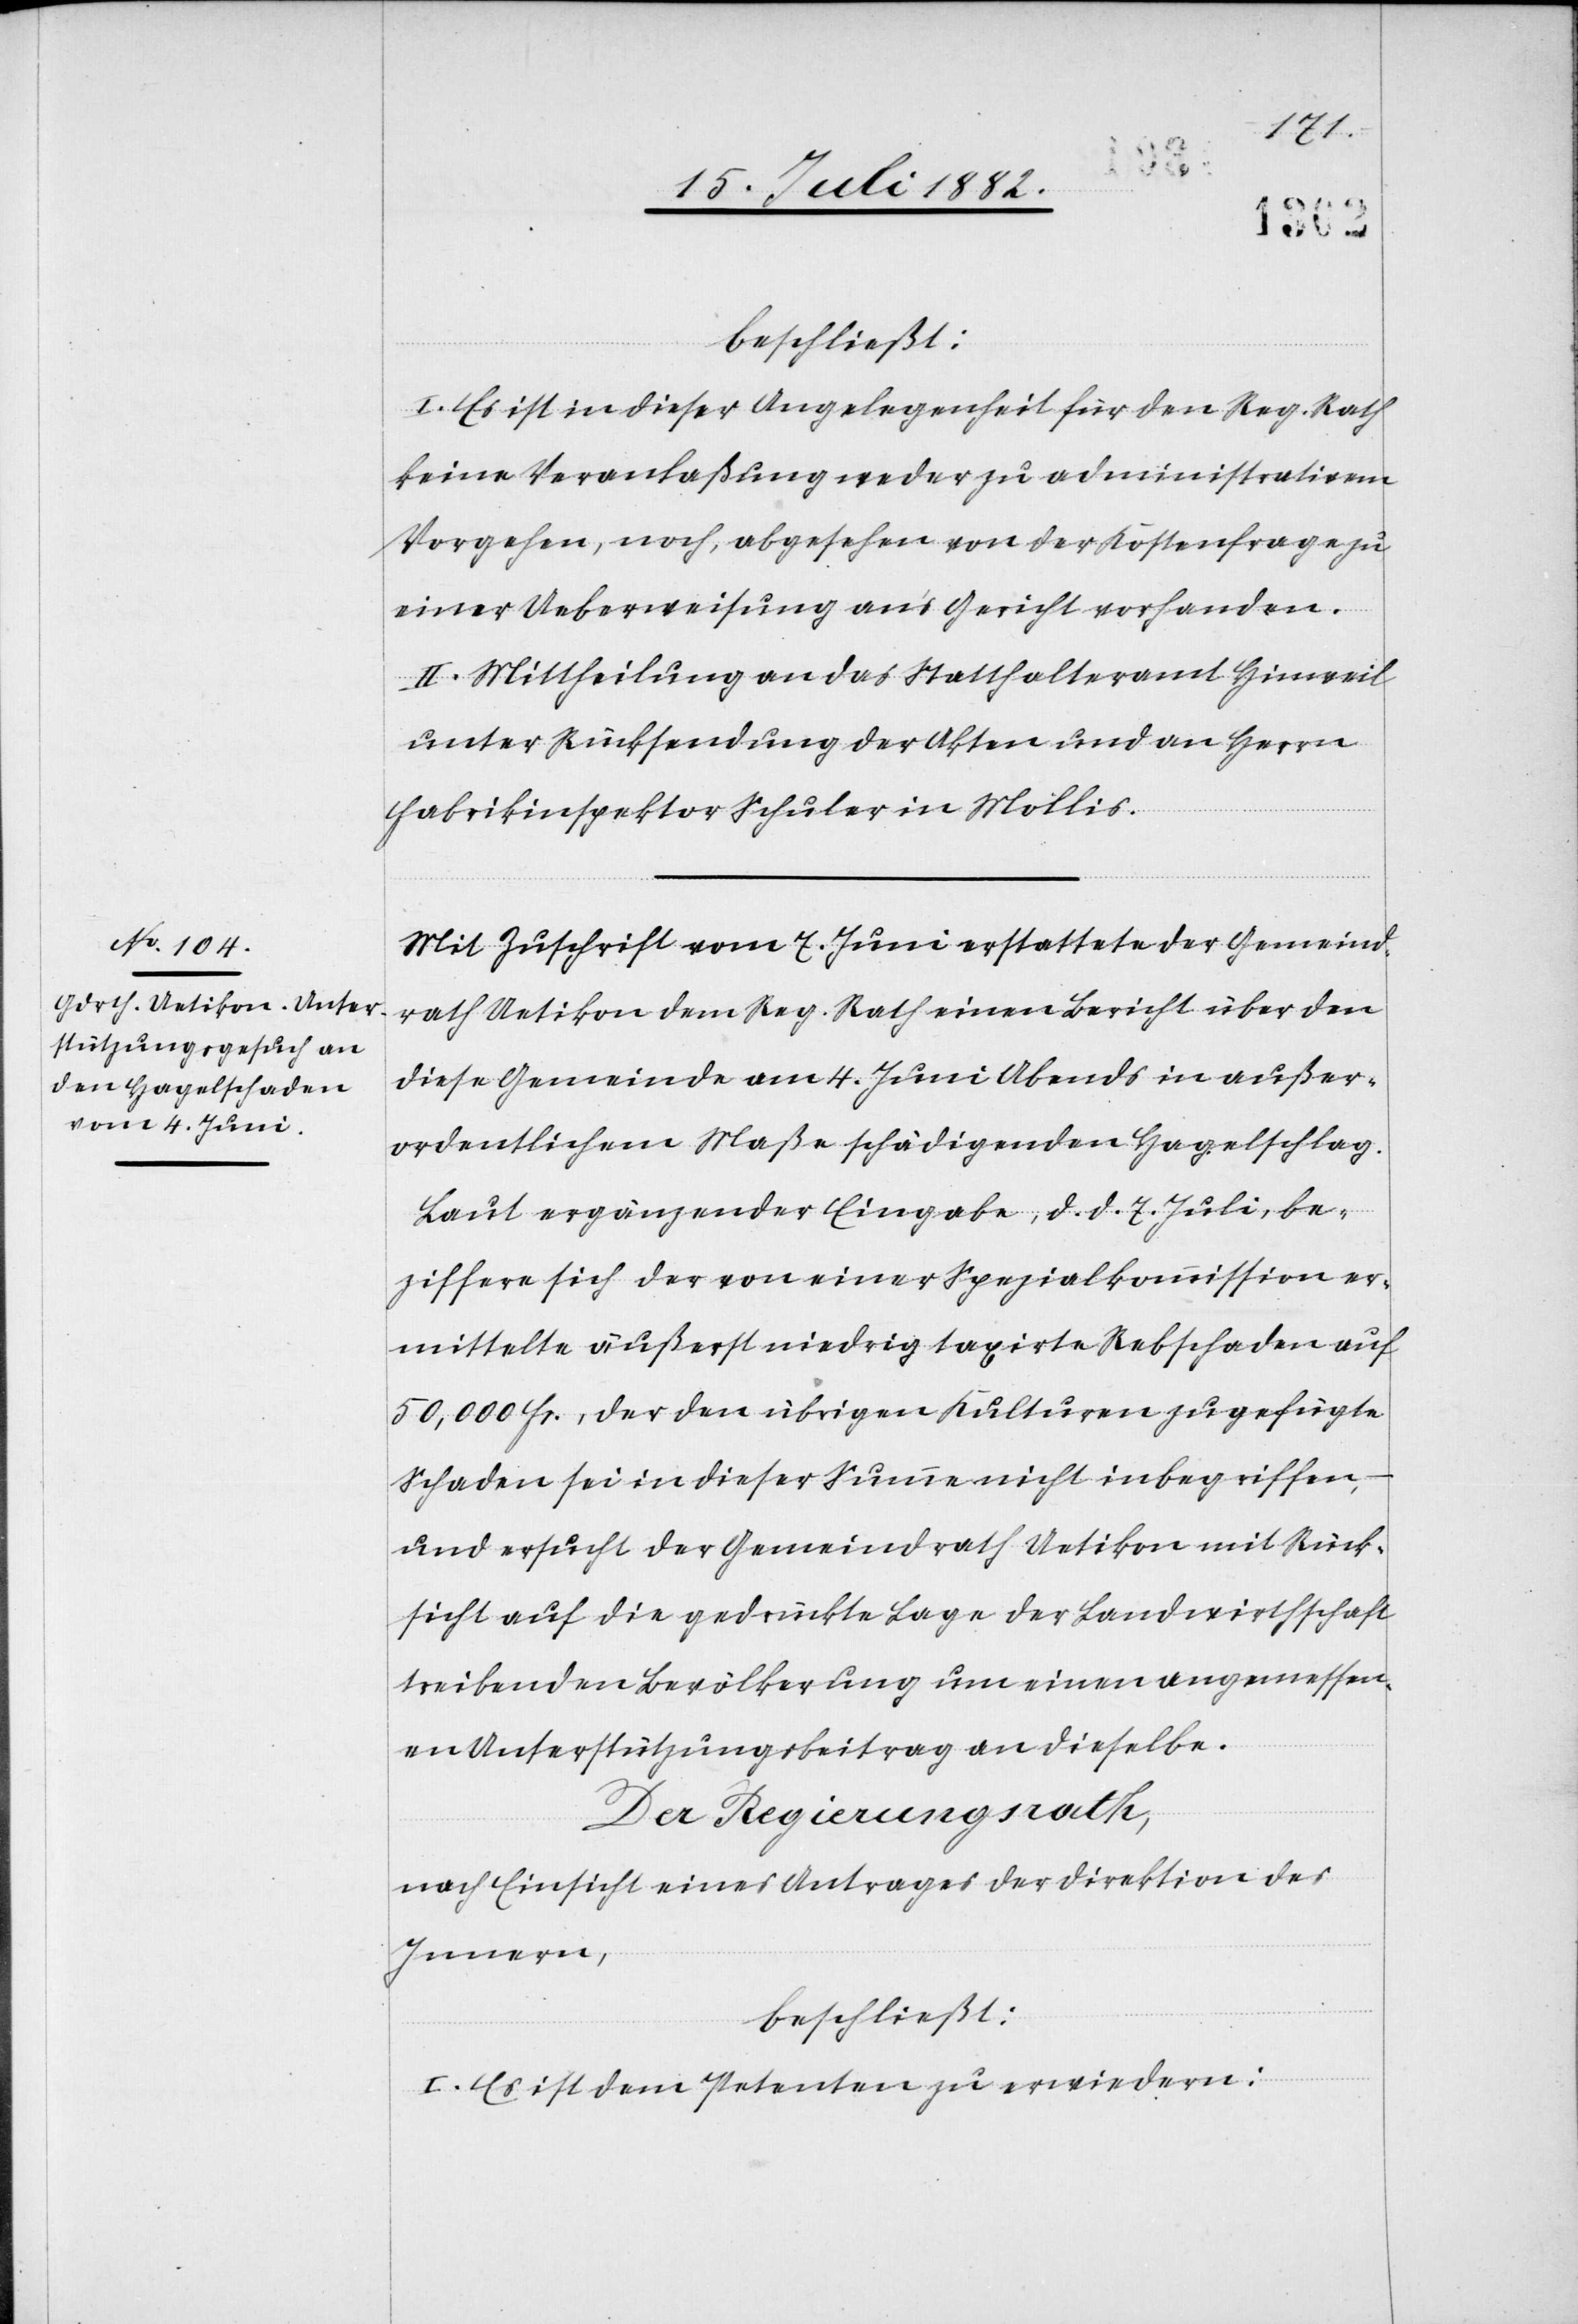
beschließt:
I. Es ist in dieser Angelegenheit für den Reg. Rath
keine Veranlaßung weder zu administrativem
Vorgehen, noch, abgesehen von der Kostenfrage, zu
einer Ueberweisung an’s Gericht vorhanden.
II. Mittheilung an das Statthalteramt Hinweil
unter Rücksendung der Akten und an Herrn
Fabrikinspektor Schuler in Mollis.
Mit Zuschrift vom 7. Juni erstattet der Gemeind¬
rath Uetikon dem Reg. Rath einen Bericht über den
diese Gemeinde am 4. Juni Abends in außer¬
ordentlichem Maße schädigenden Hagelschlag.
Laut ergänzender Eingabe, d. d. 7. Juli, be¬
ziffere sich der von einer Spezialkommission er¬
mittelte äußerst niedrig taxirte Rebschaden auf
50,000 Fr., der den übrigen Kulturen zugefügte
Schaden sei in dieser Summe nicht inbegriffen,
und ersucht der Gemeindrath Uetikon mit Rück¬
sicht auf die gedrückte Lage der Landwirthschaft
treibenden Bevölkerung um einen angemessen¬
en Unterstützungsbeitrag an dieselbe.
Der Regierungsrath,
nach Einsicht eines Antrages der Direktion des
Innern,
beschließt:
I. Es ist dem Petenten zu erwiedern: